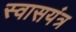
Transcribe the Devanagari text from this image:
स्वासयंत्र